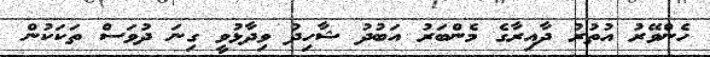
ހެންވޭރު އުތުރު ދާއިރާގެ މެންބަރު އަބުދު ޝާހިދު ވިދާޅުވީ ގިނަ ދުވަސް ތަކަކުން